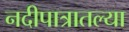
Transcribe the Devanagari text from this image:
नदीपात्रातल्या